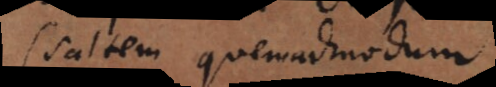
(saltem quemadmodum